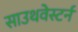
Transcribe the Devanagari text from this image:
साउथवेस्टर्न